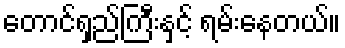
တောင်ရှည်ကြီးနှင့် ရမ်းနေတယ်။